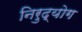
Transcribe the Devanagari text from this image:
निरुद्योग